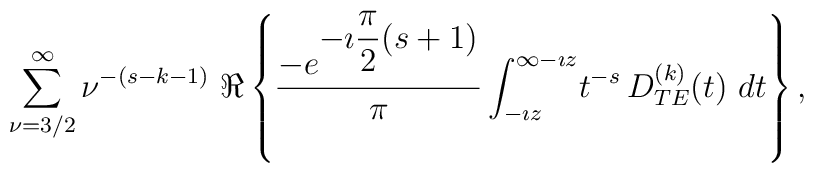
\begin{array}{c}   \displaystyle{\sum_{\nu=3/2}^{\infty} \nu^{-(s-k-1)}} \   \Re \left\{ \displaystyle{    \frac{- e^{\displaystyle{-\imath \frac{\pi}{2}(s+1)}}}{\pi}}\,      \displaystyle{\int_{- \imath z}^{\infty - \imath z}} t^{-s}\,  \displaystyle{D_{TE}^{(k)}(t)} \ dt  \right\},\end{array}